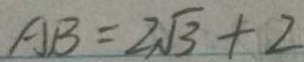
A B = 2 \sqrt { 3 } + 2